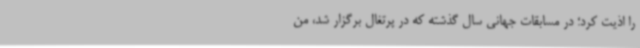
را اذیت کرد؛ در مسابقات جهانی سال گذشته که در پرتغال برگزار شد، من